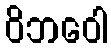
ဝိဘဝေါ